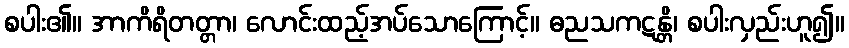
စပါး၏။ အာကိရိတတ္တာ၊ လောင်းထည့်အပ်သောကြောင့်။ ဓညသကဋန္တိ၊ စပါးလှည်းဟူ၍။